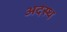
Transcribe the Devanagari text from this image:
अदस्थ